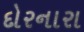
દોરનારા